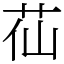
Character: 苮